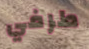
طرفي